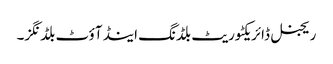
ریجنل ڈائریکٹوریٹ بلڈنگ اینڈ آؤٹ بلڈنگز۔